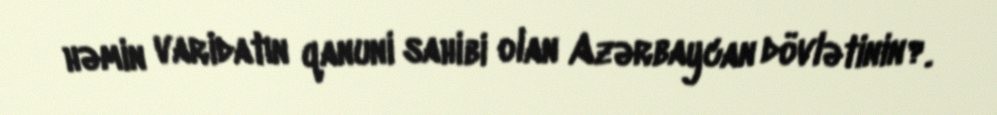
həmin varidatın qanuni sahibi olan Azərbaycan dövlətinin?.